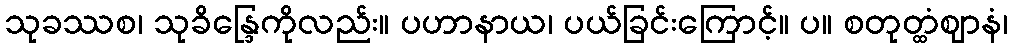
သုခဿစ၊ သုခိန္ဒြေကိုလည်း။ ပဟာနာယ၊ ပယ်ခြင်းကြောင့်။ ပ။ စတုတ္ထံဈာနံ၊